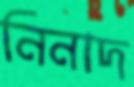
নিনাদ